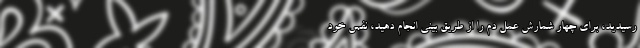
رسیدید، برای چهار شمارش عمل دم را از طریق بینی انجام دهید، نفس خود